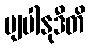
ဗျပါနုဒီတိ